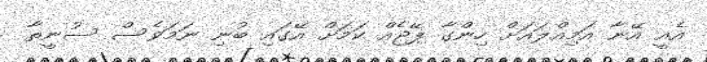
އެއީ އޭނާ އަމިއްލައަށް ހިންގާ ޕޭޖެއް ކަމަށް އޭގައި ބުނި ނަމަވެސް ސުނީތާ